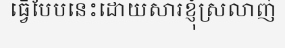
ធ្វើបែបនេះដោយសារខ្ញុំស្រលាញ់